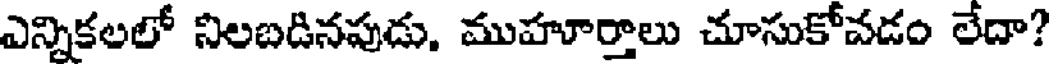
ఎన్నికలలో నిలబడినపుడు. ముహూర్తాలు చూసుకోవడం లేదా?